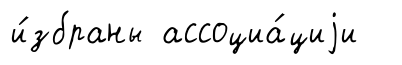
и́збраны ассоциа́циjи